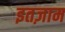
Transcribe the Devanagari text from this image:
इतज़ाम